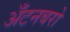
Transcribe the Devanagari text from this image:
अँटनबरो